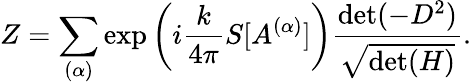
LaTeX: Z=\sum_{(\alpha)}\exp\left(i\frac{k}{4\pi}S[A^{(\alpha)}]\right)\frac{\mathrm{det}(-D^{2})}{\sqrt{\mathrm{det}(H)}}.